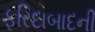
ફરિદાબાદની